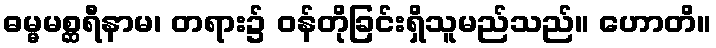
ဓမ္မမစ္ဆရီနာမ၊ တရား၌ ဝန်တိုခြင်းရှိသူမည်သည်။ ဟောတိ။